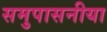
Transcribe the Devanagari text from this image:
समुपासनीया